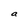
Character: a